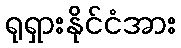
ရုရှားနိုင်ငံအား